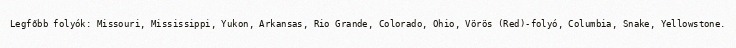
Legfőbb folyók: Missouri, Mississippi, Yukon, Arkansas, Rio Grande, Colorado, Ohio, Vörös (Red)-folyó, Columbia, Snake, Yellowstone.